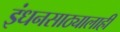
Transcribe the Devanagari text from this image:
इंधनसाठ्यालाही